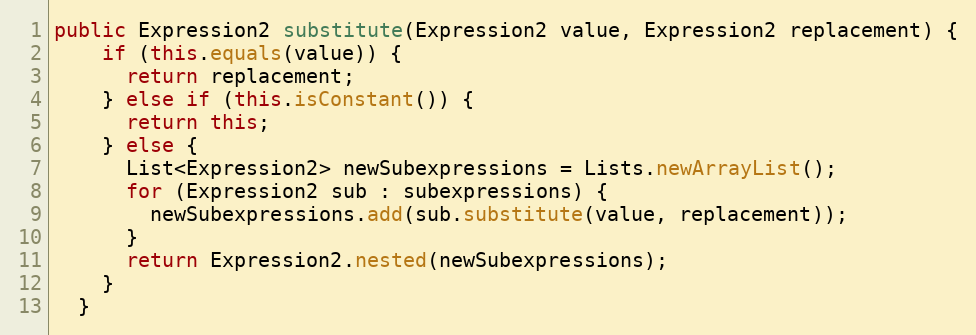
Language: Java
public Expression2 substitute(Expression2 value, Expression2 replacement) {
    if (this.equals(value)) {
      return replacement;
    } else if (this.isConstant()) {
      return this;
    } else {
      List<Expression2> newSubexpressions = Lists.newArrayList();
      for (Expression2 sub : subexpressions) {
        newSubexpressions.add(sub.substitute(value, replacement));
      }
      return Expression2.nested(newSubexpressions);
    }
  }